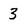
Character: 3